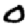
Digit: 0